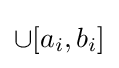
\cup [a_{i},b_{i}]